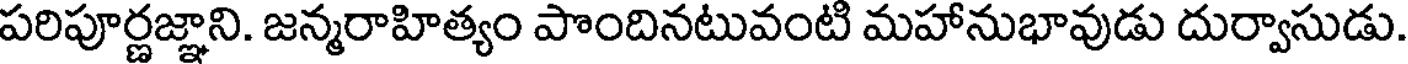
పరిపూర్ణజ్ఞాని. జన్మరాహిత్యం పొందినటువంటి మహానుభావుడు దుర్వాసుడు.